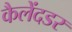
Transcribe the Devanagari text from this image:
कैलेंदडर